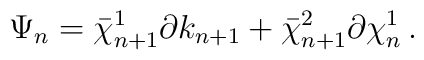
\Psi_n = \bar\chi_{n+1}^1 \partial k_{n+1} +  \bar\chi_{n+1}^2  \partial \chi_n^1 \, .